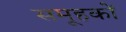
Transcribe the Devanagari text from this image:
समूहकों